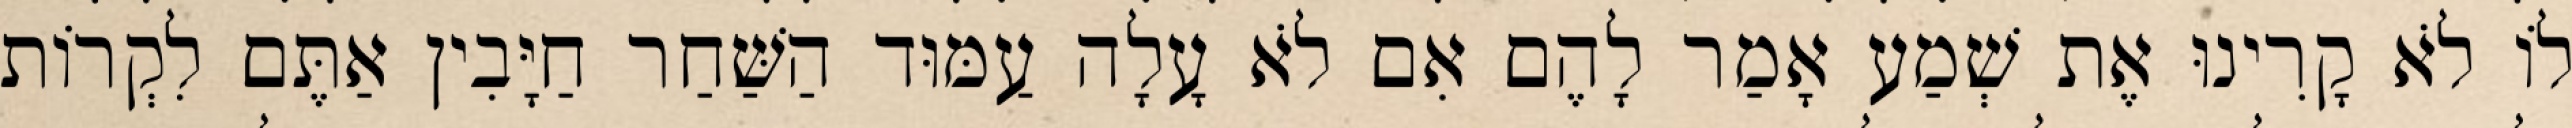
לוֹ לֹא קָרִינוּ אֶת שְׁמַע אָמַר לָהֶם אִם לֹא עָלָה עַמּוּד הַשַּׁחַר חַיָּבִין אַתֶּם לִקְרוֹת